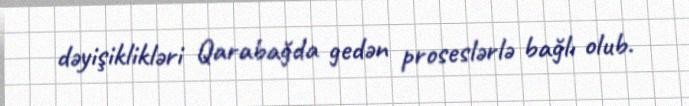
dəyişiklikləri Qarabağda gedən proseslərlə bağlı olub.